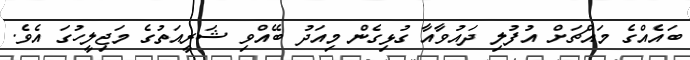
ބައެއްގެ މައްޗަށް އުފުލި ދައުވާއާ ގުޅިގެން މިއަދު ބޭއްވި ޝަރީއަތުގެ މަޖިލީހުގަ އެވެ.